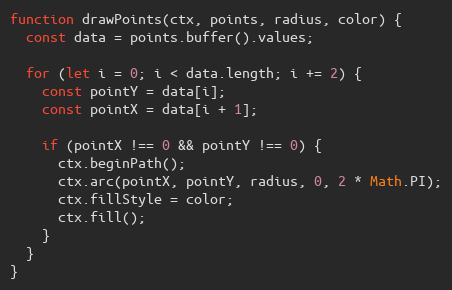
Language: JavaScript
function drawPoints(ctx, points, radius, color) {
  const data = points.buffer().values;

  for (let i = 0; i < data.length; i += 2) {
    const pointY = data[i];
    const pointX = data[i + 1];

    if (pointX !== 0 && pointY !== 0) {
      ctx.beginPath();
      ctx.arc(pointX, pointY, radius, 0, 2 * Math.PI);
      ctx.fillStyle = color;
      ctx.fill();
    }
  }
}